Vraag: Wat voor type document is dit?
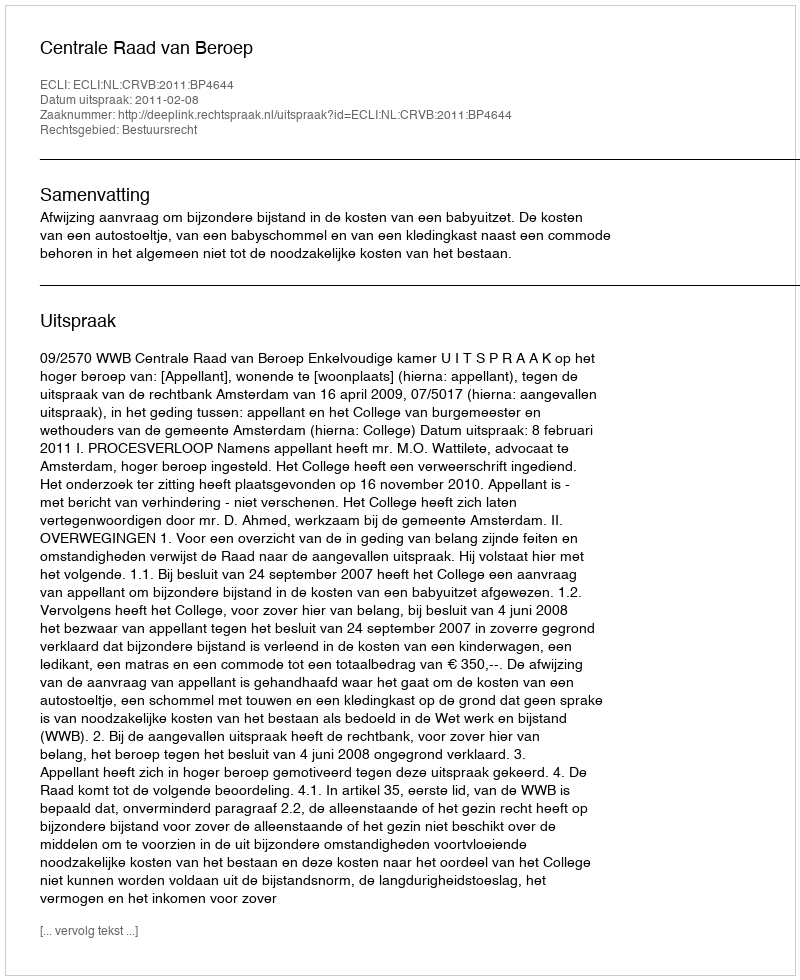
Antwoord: Uitspraak